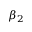
\beta _ { 2 }